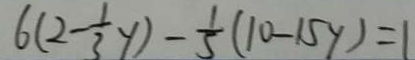
6 ( 2 - \frac { 1 } { 3 } y ) - \frac { 1 } { 5 } ( 1 0 - 1 5 y ) = 1 1